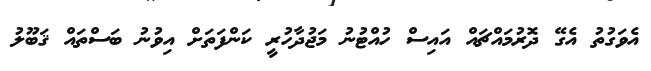
އެވަގުތު އެގޭ ދޮރުމައްޗައް އައިސް ހުއްޓުނު މަޖުދާހުރީ ކަންފަތަށް އިވުނު ބަސްތައް ޤަބޫލު